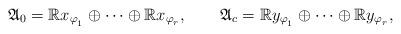
LaTeX: \begin{align*} \mathfrak{A}_0=\mathbb{R} x_{\varphi_{_1}}\oplus\cdots\oplus\mathbb{R}x_{\varphi_{_r}},\quad\quad\mathfrak{A}_c=\mathbb{R} y_{\varphi_{_1}}\oplus\cdots\oplus\mathbb{R}y_{\varphi_{_r}},\end{align*}